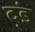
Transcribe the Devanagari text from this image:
द्ंड